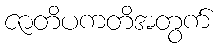
ဇာတိပကတိအတွက်